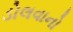
ડોલવાનો